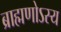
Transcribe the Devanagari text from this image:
ब्राह्मणोऽस्य